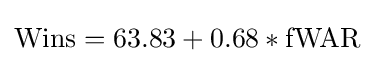
{\text{Wins}}=63.83+0.68*{\text{fWAR}}